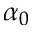
\alpha _ { 0 }